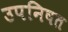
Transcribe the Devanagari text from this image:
उपनिषत